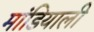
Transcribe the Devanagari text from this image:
मांडियाली